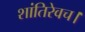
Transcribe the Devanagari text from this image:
शांतिरेवच।